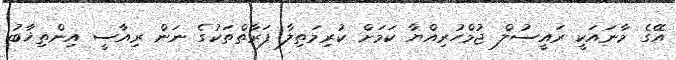
އޭގެ މާނައަކީ ރައީސުލް ޖުމްހުރިއްޔާ ކަމަށް ކުރިމަތިލާ ފަރާތްތަކުގެ ނަން ރިއާސީ އިންތިޚާބު